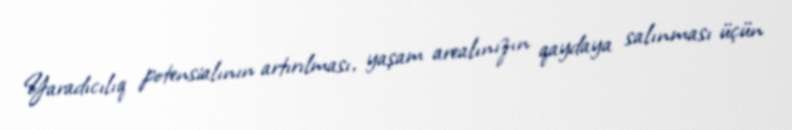
Yaradıcılıq potensialının artırılması, yaşam arealınızın qaydaya salınması üçün